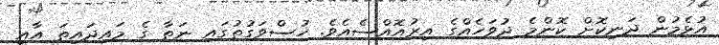
އުޅެމުން ދަނިކޮށް ކޮންމެ ދުވަހެއްގެ އިރުއޮއްސެއެވެ. ހުސްވަގުތުގައި ނަތާ ގެ މައިދައިތަ އާއި